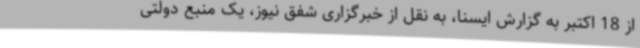
از 18 اکتبر به گزارش ایسنا، به نقل از خبرگزاری شفق نیوز، یک منبع دولتی